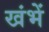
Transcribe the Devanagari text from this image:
खंभें